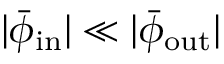
| \bar { \phi } _ { \mathrm { i n } } | \ll | \bar { \phi } _ { \mathrm { o u t } } |